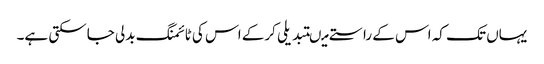
یہاں تک کہ اس کے راستے میںتبدیلی کرکے اس کی ٹائمنگ بدلی جاسکتی ہے۔